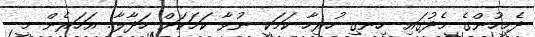
ދެމީހުންގެ މެދުގައި ހިނގި ހުރިހާ ކަމަކީ ނުވާ ކަމަކަށް ހަދާލާ.. އަހަރެން މީ